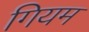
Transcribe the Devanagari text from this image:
गियम